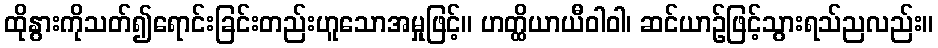
ထိုနွားကိုသတ်၍ရောင်းခြင်းတည်းဟူသောအမှုဖြင့်။ ဟတ္ထိယာယီဝါဝါ၊ ဆင်ယာဉ်ဖြင့်သွားရသ်ညလည်း။